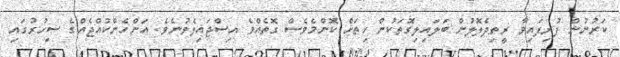
ކަރުނުން ފުރިފައިވާ ރީތިދެލޮލުން ބަލައިލިގޮތަކުން ހިތަށް ކޮންމެވެސް ގޮތެއްވެ އިސްޖައިލެވުނެވެ. އަންހެންކުއްޖެއްގެ ސިހުރުގައި